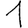
Digit: 1